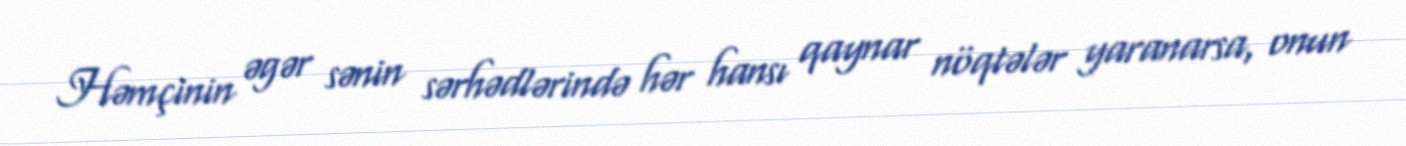
Həmçinin əgər sənin sərhədlərində hər hansı qaynar nöqtələr yaranarsa, onun